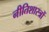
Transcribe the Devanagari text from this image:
नीतिशास्त्रों